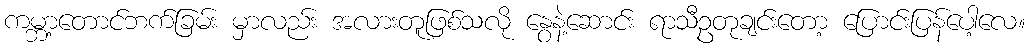
ကမ္ဘာ့တောင်ဘက်ခြမ်း မှာလည်း အလားတူဖြစ်သလို နွေနဲ့ဆောင်း ရာသီဥတုချင်းတော့ ပြောင်းပြန်ပေါ့လေ။